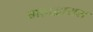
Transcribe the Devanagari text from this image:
महाद्वारास